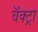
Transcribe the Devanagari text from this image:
वॅक्ट्रा